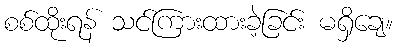
စစ်ထိုးရန် သင်ကြားထားခဲ့ခြင်း မရှိချေ။